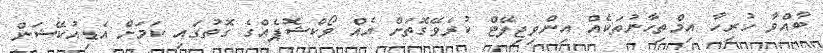
ބާއްވާ ހުރިހާ އިމްތިހާނުތަކެއް އިންވިޖިލޭޓް ކުރެވޭގޮތަށް އެއް ވޯކްޝޮޕެއްގެ ގޮތުގައި ކަމަށް އެޑިއުކޭޝަން